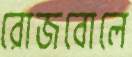
রোজবোলে